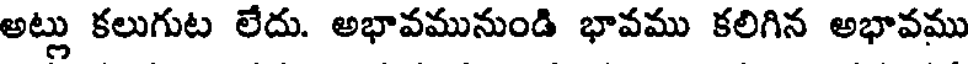
అట్లు కలుగుట లేదు. అభావమునుండి భావము కలిగిన అభావము